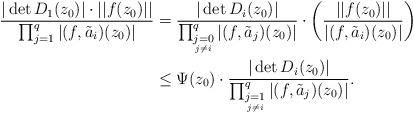
LaTeX: \begin{align*}\dfrac{|\det D_1(z_0)|\cdot ||f(z_0)||}{\prod_{j=1}^{q}|(f,\tilde a_i)(z_0)|}&=\dfrac{|\det D_i(z_0)|}{\prod_{\underset{j\ne i}{j=0}}^{q}|(f,\tilde a_j)(z_0)|}\cdot \biggl(\dfrac{||f(z_0)||}{|(f,\tilde a_i)(z_0)|}\biggl)\\&\le \Psi (z_0)\cdot \dfrac{|\det D_i(z_0)|}{\prod_{\underset{j\ne i}{j=1}}^{q}|(f,\tilde a_j)(z_0)|}.\end{align*}